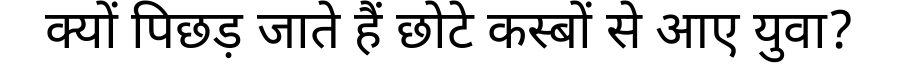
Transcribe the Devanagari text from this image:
क्यों पिछड़ जाते हैं छोटे कस्बों से आए युवा?